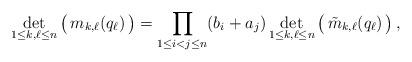
LaTeX: \begin{align*} \det_{1\leq k,\ell\leq n} \big(\, m_{k,\ell}(q_\ell)\,\big) = \prod_{1\leq i<j\leq n} (b_i+a_j) \det_{1\leq k,\ell\leq n} \big(\, \tilde{m}_{k,\ell}(q_\ell)\,\big) \,,\end{align*}